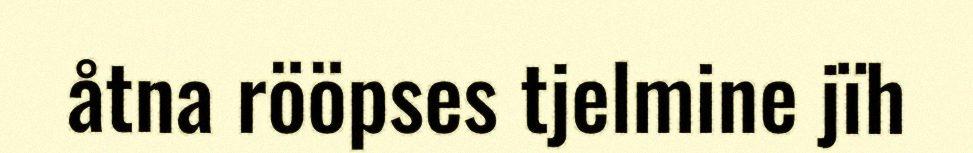
åtna rööpses tjelmine jïh